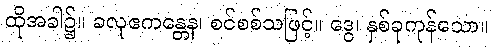
ထိုအခါ၌။ ခလုဧကန္တေန၊ စင်စစ်သဖြင့်။ ဒွေ၊ နှစ်ခုကုန်သော။